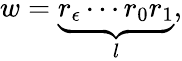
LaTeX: w=\underbrace{r_{\epsilon}\cdots r_{0}r_{1}}_{l},